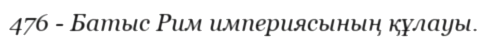
476 - Батыс Рим империясының құлауы.